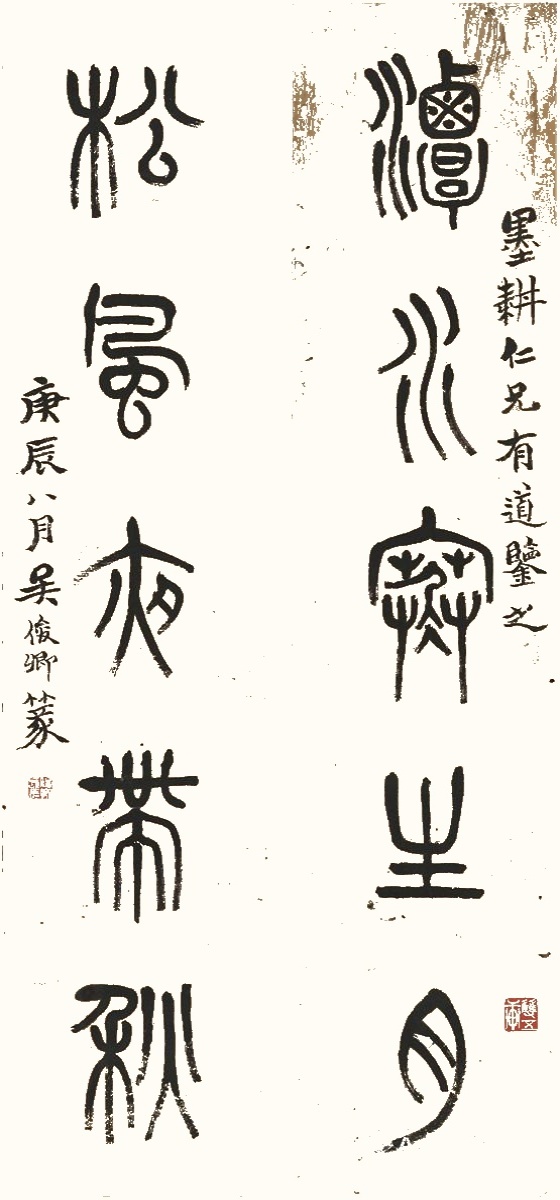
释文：潭水寒生月，松风夜带秋。墨耕仁兄有道鉴之，庚辰八月，吴俊卿篆。